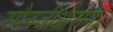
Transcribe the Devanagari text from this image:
स्पैनजीऔसम।